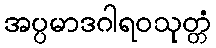
အပ္ပမာဒဂါရဝသုတ္တံ